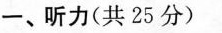
一、听力(共 25 分)